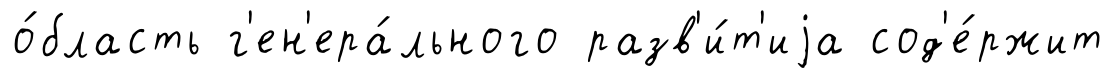
о́бласть г'ен'ера́льного разв'и́т'иjа сод'е́ржит